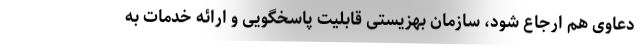
دعاوی هم ارجاع شود، سازمان بهزیستی قابلیت پاسخگویی و ارائه خدمات به